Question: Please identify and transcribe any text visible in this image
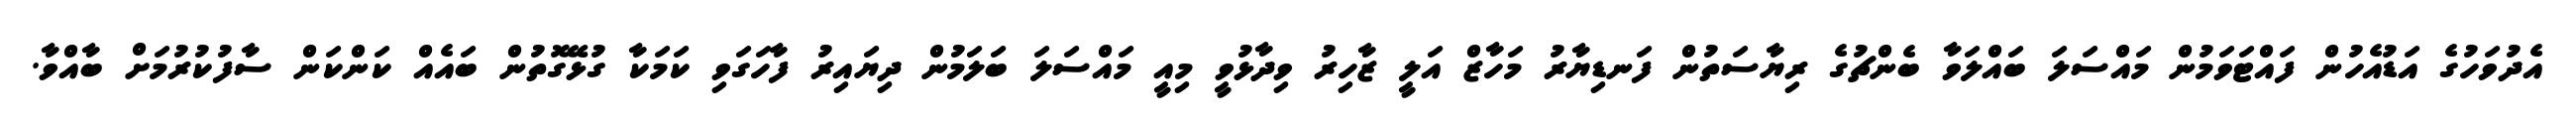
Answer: އެދުވަހުގެ އަޑުއެހުން ފައްޓަވަމުން މައްސަލަ ބައްލަވާ ބެންޗުގެ ރިޔާސަތުން ފަނޑިޔާރު މަހާޒް އަލީ ޒާހިރު ވިދާޅުވީ މިއީ މައްސަލަ ބަލަމުން ދިޔައިރު ފާހަގަވި ކަމަކާ ގުޅޭގޮތުން ބައެއް ކަންކަން ސާފުކުރުމަށް ބާއްވާ.